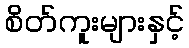
စိတ်ကူးများနှင့်